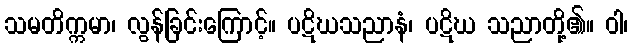
သမတိက္ကမာ၊ လွန်ခြင်းကြောင့်။ ပဋိဃသညာနံ၊ ပဋိဃ သညာတို့၏။ ဝါ၊